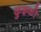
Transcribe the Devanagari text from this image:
कुझ्को